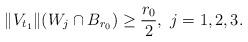
LaTeX: \begin{align*}\|V_{t_1}\|(W_j\cap B_{r_0})\geq \frac{r_0}{2},\,\,j=1,2,3.\end{align*}